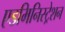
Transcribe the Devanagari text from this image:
एडमिनिस्ट्रेशन